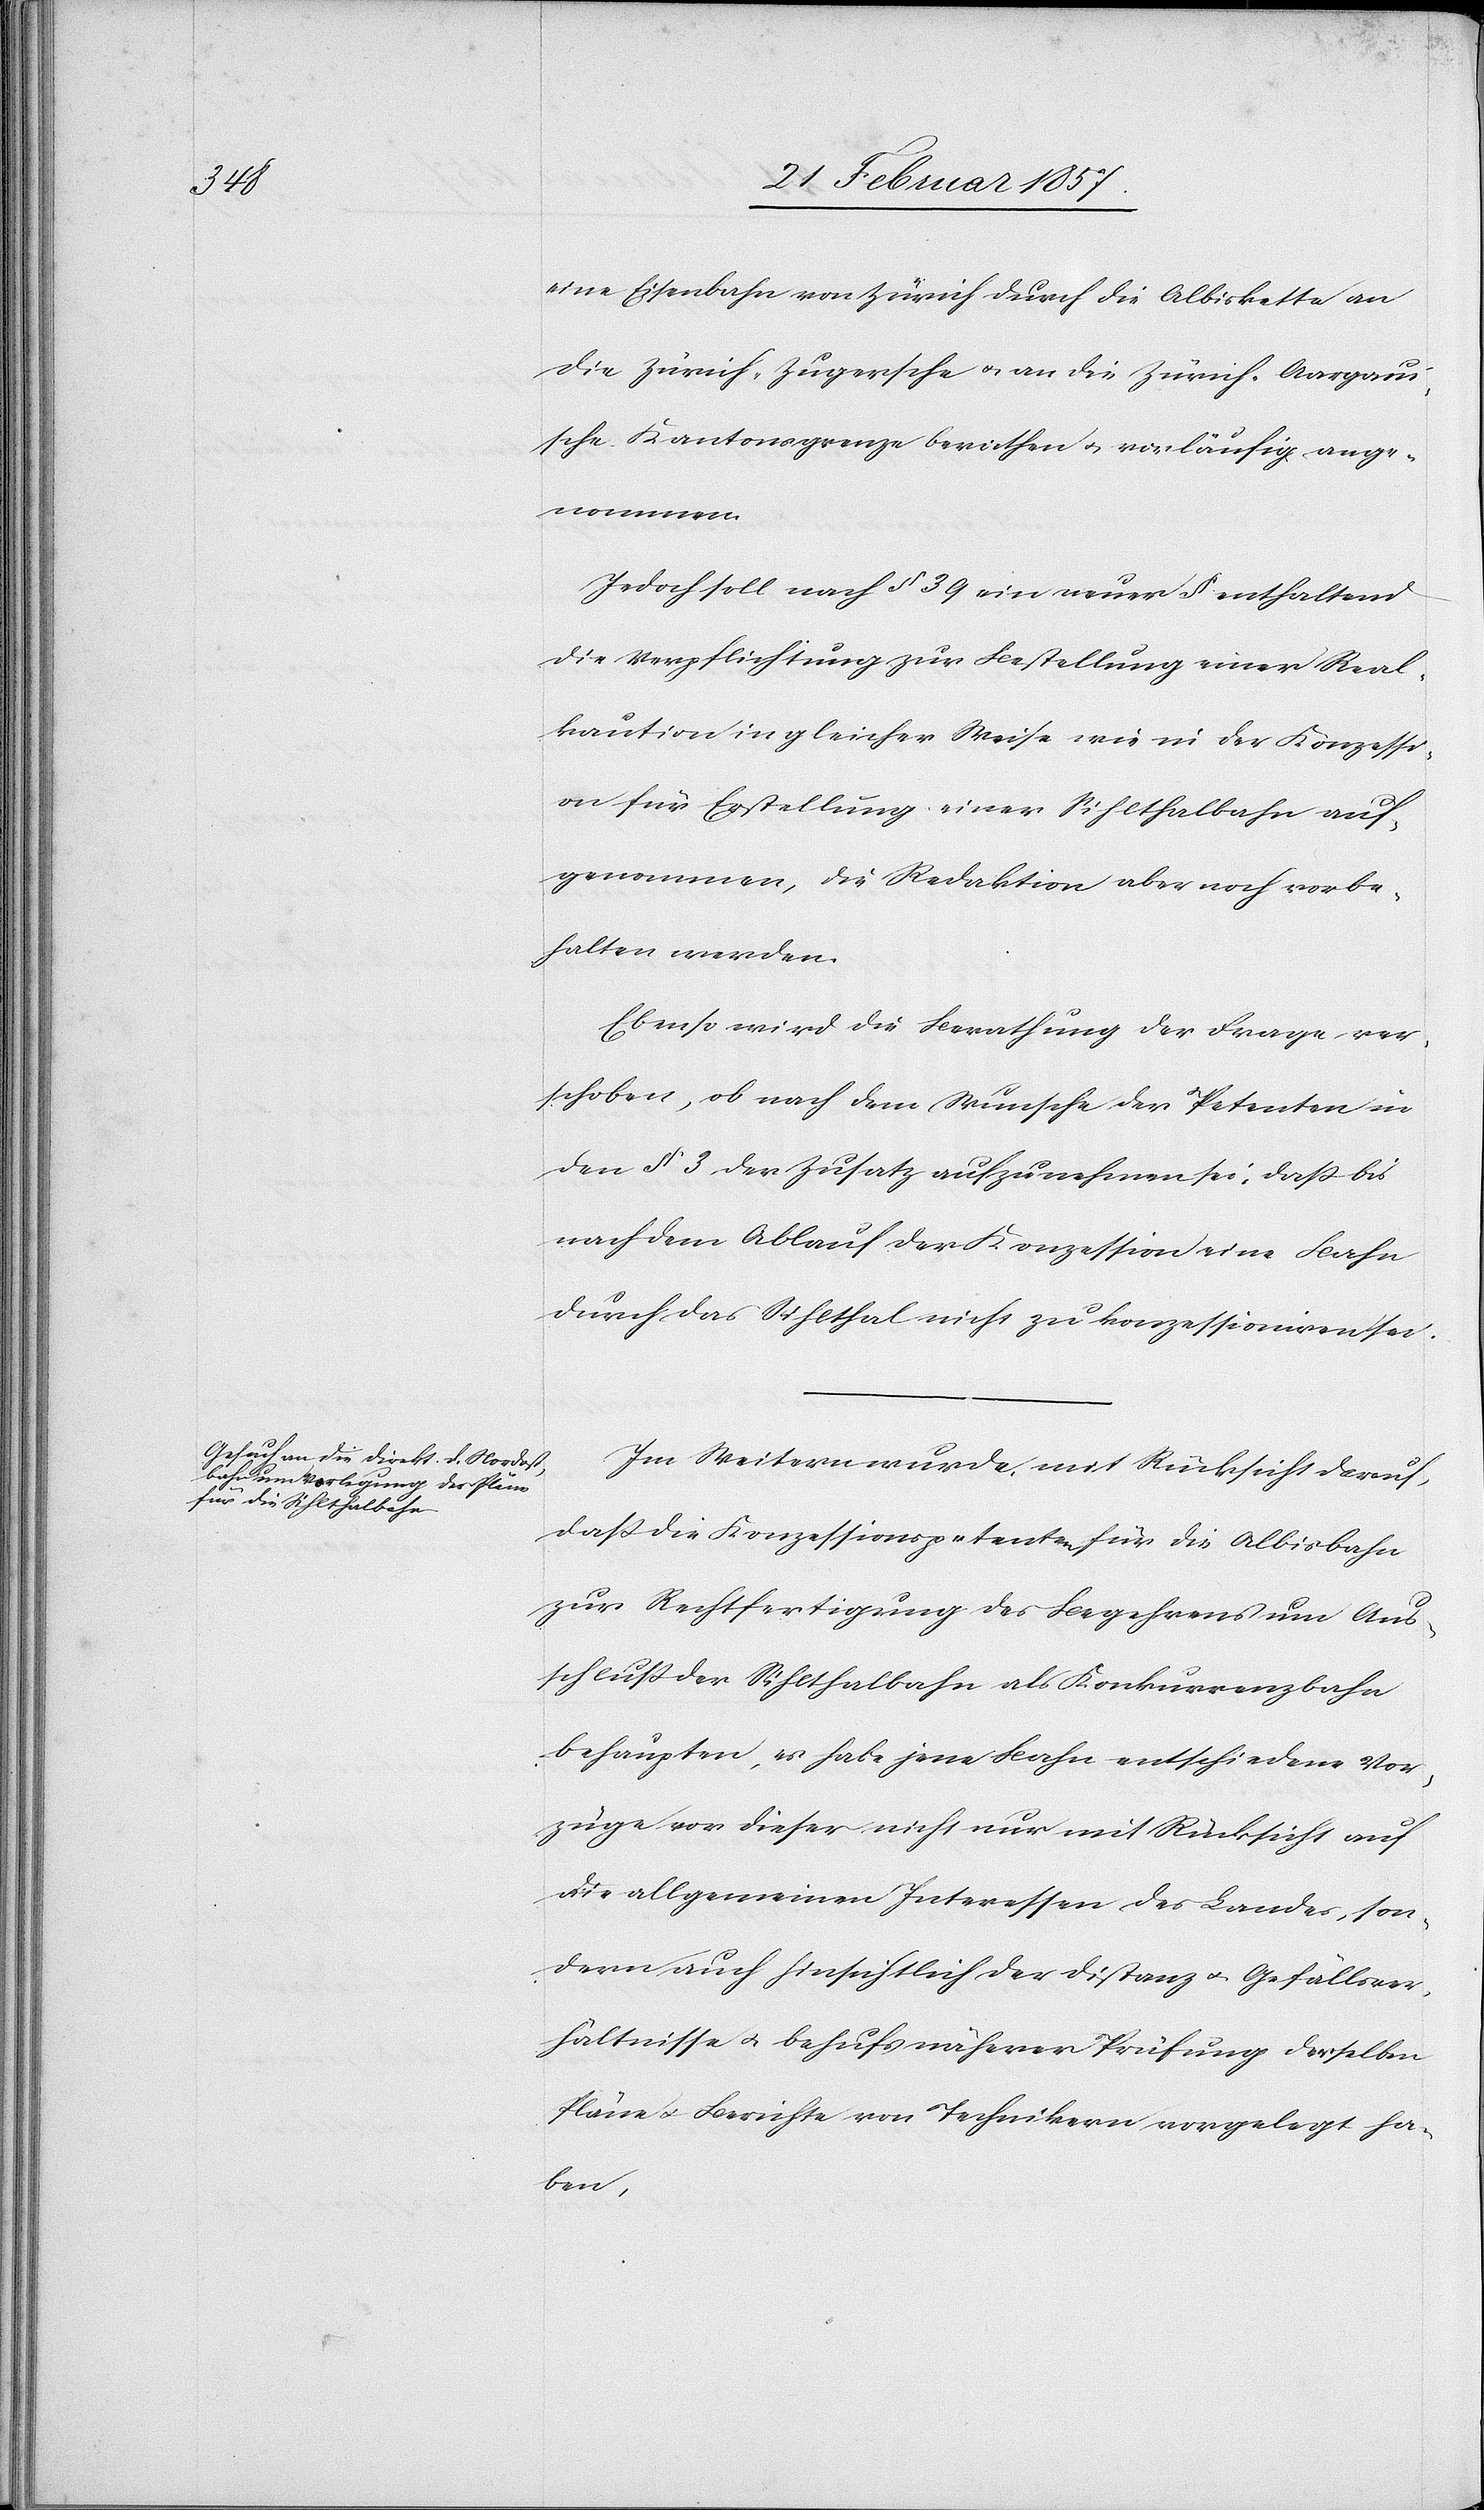
eine Eisenbahn von Zürich durch die Albiskette an
die Zürich-Zugersche u. an die Zürich-Aargaui¬
sche Kantonsgrenze beriethen, u. vorläufig ange¬
nommen.
Jedoch soll nach § 39 ein neuer § enthaltend
die Verpflichtung zur Bestellung einer Real¬
kaution in gleicher Weise wie in der Konzessi¬
on für Erstellung einer Sihlthalbahn auf¬
genommen, die Redaktion aber noch vorbe¬
halten werden.
Ebenso wird die Berathung der Frage ver¬
schoben, ob nach dem Wunsche der Petenten in
den § 3 der Zusatz aufzunehmen sei, daß bis
nach dem Ablauf der Konzession eine Bahn
durch das Sihlthal nicht zu konzessioniren sei.
Im Weitern wurde, mit Rücksicht darauf,
daß die Konzessionspetenten für die Albisbahn
zur Rechtfertigung des Begehrens um Aus¬
schluß der Sihlthalbahn als Konkurrenzbahn
behaupten, es habe jene Bahn entschiedene Vor¬
züge vor dieser nicht nur mit Rücksicht auf
die allgemeinen Interessen des Landes, son¬
dern auch hinsichtlich der Distanz u. Gefällsver¬
hältnisse u. behufs näherer Prüfung derselben
Pläne u. Berichte von Technikern vorgelegt ha¬
ben,